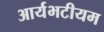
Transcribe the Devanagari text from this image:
आर्यभटीयम